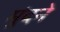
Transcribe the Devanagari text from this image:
मुंदने